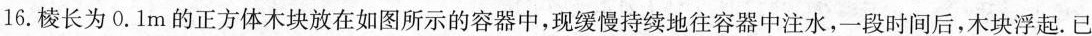
16.棱长为0.1m的正方体木块放在如图所示的容器中，现缓慢持续地往容器中注水，一段时间后，木块浮起。已